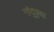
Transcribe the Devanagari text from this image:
नांदुक्र्या